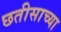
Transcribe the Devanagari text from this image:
छतीसाच्या